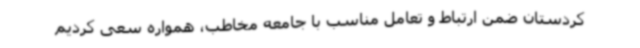
کردستان ضمن ارتباط و تعامل مناسب با جامعه مخاطب، همواره سعی کردیم